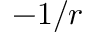
- 1 / r